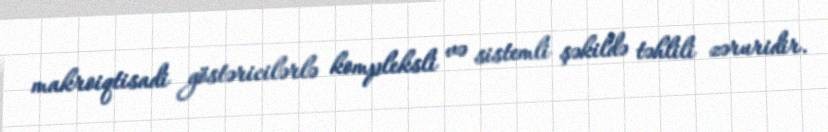
makroiqtisadi göstəricilərlə kompleksli və sistemli şəkildə təhlili zəruridir.